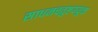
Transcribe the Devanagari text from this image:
साधनचतुष्टययुक्त